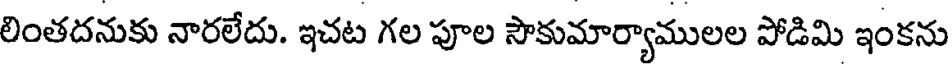
లింతదనుకు నారలేదు. ఇచట గల పూల సౌకుమార్యాములల పోడిమి ఇంకను